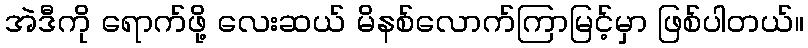
အဲဒီကို ရောက်ဖို့ လေးဆယ် မိနစ်လောက်ကြာမြင့်မှာ ဖြစ်ပါတယ်။